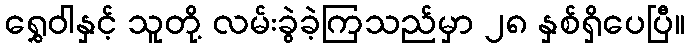
ရွှေဝါနှင့် သူတို့ လမ်းခွဲခဲ့ကြသည်မှာ ၂၈ နှစ်ရှိပေပြီ။